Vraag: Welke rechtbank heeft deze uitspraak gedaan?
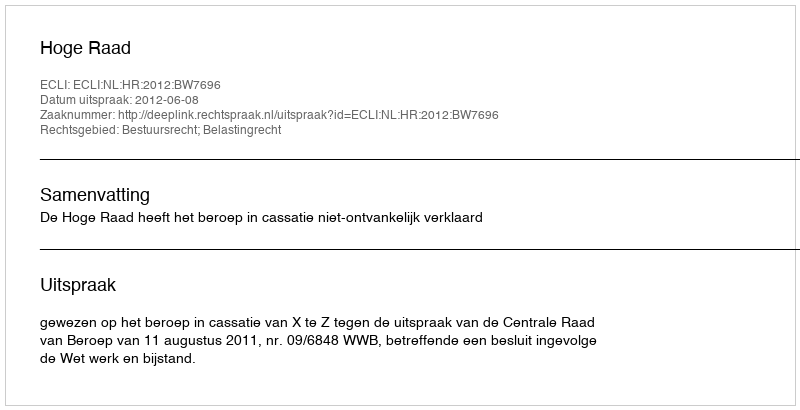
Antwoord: Hoge Raad